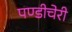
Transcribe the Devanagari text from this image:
पण्डीचेरी